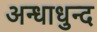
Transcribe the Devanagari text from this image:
अन्धाधुन्द